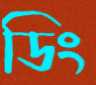
ডিং